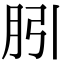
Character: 䏖